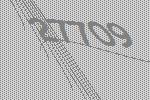
27709